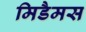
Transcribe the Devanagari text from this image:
मिडैमस